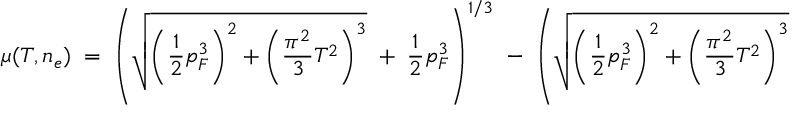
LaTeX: { \mu ( T , n _ { e } ) \; = \; \left( \sqrt { \left( { \frac { 1 } { 2 } } p _ { F } ^ { 3 } \right) ^ { 2 } + \left( { \frac { \pi ^ { 2 } } { 3 } } T ^ { 2 } \right) ^ { 3 } } \; + \; { \frac { 1 } { 2 } } p _ { F } ^ { 3 } \right) ^ { 1 / 3 } \; - \; \left( \sqrt { \left( { \frac { 1 } { 2 } } p _ { F } ^ { 3 } \right) ^ { 2 } + \left( { \frac { \pi ^ { 2 } } { 3 } } T ^ { 2 } \right) ^ { 3 } } \; - \; { \frac { 1 } { 2 } } p _ { F } ^ { 3 } \right) ^ { 1 / 3 } \; . }